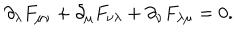
{ \partial _ { \lambda } } F _ { \mu \nu } + { \partial _ { \mu } } F _ { \nu \lambda } + { \partial _ { \nu } } F _ { \lambda \mu } = 0 .